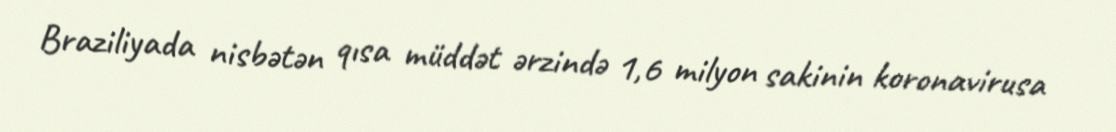
Braziliyada nisbətən qısa müddət ərzində 1,6 milyon sakinin koronavirusa